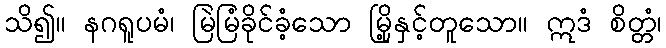
သိ၍။ နဂရူပမံ၊ မြဲမြံခိုင်ခံ့သော မြို့နှင့်တူသော။ ဣဒံ စိတ္တံ၊